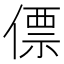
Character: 僄